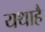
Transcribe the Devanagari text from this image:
यथाहै